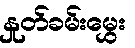
နှုတ်ခမ်းမွှေး